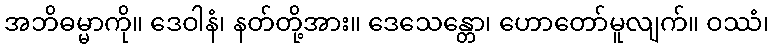
အဘိဓမ္မာကို။ ဒေဝါနံ၊ နတ်တို့အား။ ဒေသေန္တော၊ ဟောတော်မူလျက်။ ဝဿံ၊